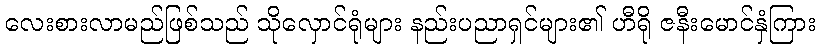
လေးစားလာမည်ဖြစ်သည် သိုလှောင်ရုံများ နည်းပညာရှင်များ၏ ဟီရို ဇနီးမောင်နှံကြား